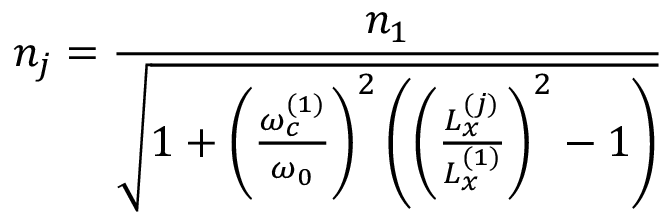
n _ { j } = \frac { n _ { 1 } } { \sqrt { 1 + \left( \frac { \omega _ { c } ^ { ( 1 ) } } { \omega _ { 0 } } \right) ^ { 2 } \left( \left( \frac { L _ { x } ^ { ( j ) } } { L _ { x } ^ { ( 1 ) } } \right) ^ { 2 } - 1 \right) } }